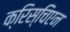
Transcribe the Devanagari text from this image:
क्रिस्चिएन